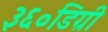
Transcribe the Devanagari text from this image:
३६०डिग्री